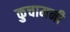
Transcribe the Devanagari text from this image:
कुचामनी